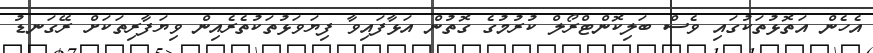
އެހެން އަތޮޅުތަކުގައި ވެސް ބަލިކޮންޓްރޯލް ކުރުމުގެ ގޮތުން އަޅާފައިވާ ފިޔަވަޅުތަކުތެރެއިން ވިޔަފާރިތަކަށް ރޭގަނޑު